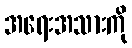
အရေးအသားကို